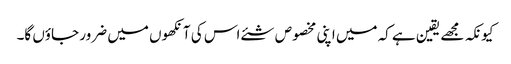
کیونکہ مجھے یقین ہے کہ میں اپنی مخصوص شئے اس کی آنکھوں میں ضرور جاؤں گا۔